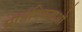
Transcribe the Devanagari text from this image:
प्रार्थमिकताओं